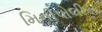
મિનીપોલીસ